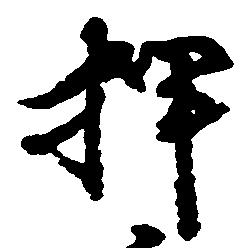
押